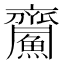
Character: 𪗏